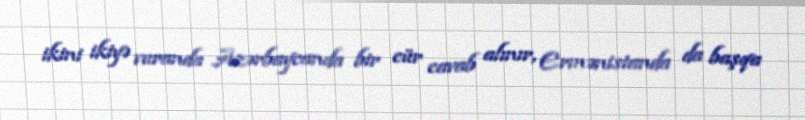
ikini ikiyə vuranda Azərbaycanda bir cür cavab alınır, Ermənistanda da başqa